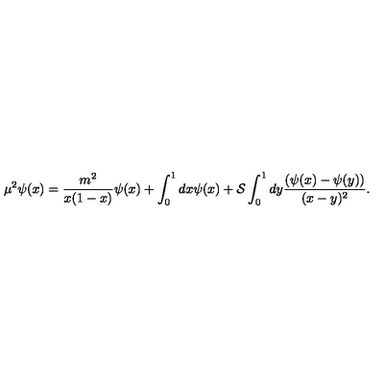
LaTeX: \mu ^ { 2 } \psi ( x ) = \frac { m ^ { 2 } } { x ( 1 - x ) } \psi ( x ) + \int _ { 0 } ^ { 1 } d x \psi ( x ) + { \cal S } \int _ { 0 } ^ { 1 } d y \frac { ( \psi ( x ) - \psi ( y ) ) } { ( x - y ) ^ { 2 } } .